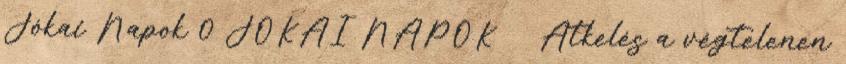
Jókai Napok 0 JÓKAI NAPOK Átkelés a végtelenen